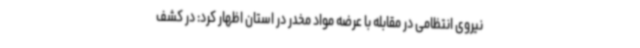
نیروی انتظامی در مقابله با عرضه مواد مخدر در استان اظهار کرد: در کشف